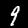
Label: 9